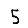
Digit: 5